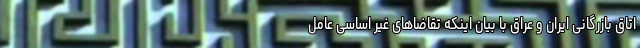
اتاق بازرگانی ایران و عراق با بیان اینکه تقاضاهای غیر اساسی عامل